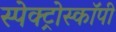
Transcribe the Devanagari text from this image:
स्पेक्ट्रोस्कॉपी